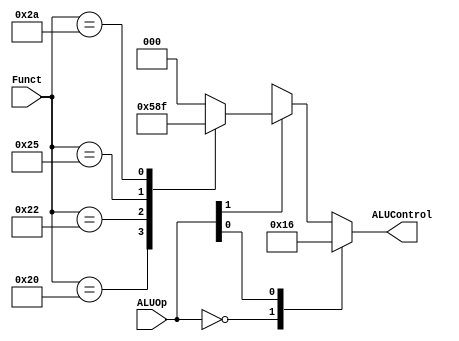
module ALU_Decoder (
    input [5:0] Funct,
    input [1:0] ALUOp,
    output reg [2:0] ALUControl
);

always @(*) begin
    ALUControl=3'b000;
    casex (ALUOp)
       2'b00 : 
       ALUControl=3'b010;
       2'bx1:
       ALUControl=3'b110;
       2'b1x:
       begin
        case (Funct)
              6'b100000 :
              ALUControl=3'b010;
               6'b100010 :
              ALUControl=3'b110;
               6'b100100 :
              ALUControl=3'b000;
               6'b100101 :
              ALUControl=3'b001;
               6'b101010 :
              ALUControl=3'b111;
            default: 
              ALUControl=3'b000;
        endcase
       end
     
        default: 
         ALUControl=3'b000;
    endcase
end
    
endmodule